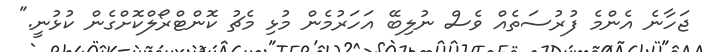
ޖަހާނެ އެންމެ ފުރުސަތެއް ވެސް ނުލިބޭ އަހަރުމެން މުޅި މެޗު ކޮންޓްރޯލްކޮށްގެން ކުޅުނީ."